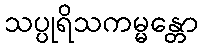
သပ္ပုရိသကမ္မန္တော